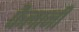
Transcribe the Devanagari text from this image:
फैलानी